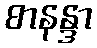
စာနန္ဒာ